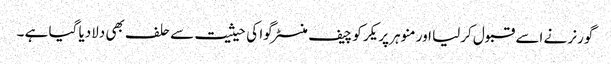
گورنر نے اسے قبول کرلیا اور منوہر پریکر کو چیف منسٹر گوا کی حیثیت سے حلف بھی دلادیا گیا ہے ۔